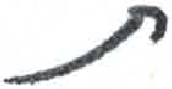
אות: ת